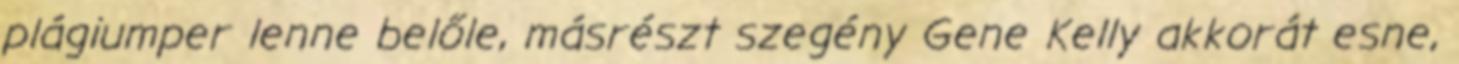
plágiumper lenne belőle, másrészt szegény Gene Kelly akkorát esne,